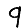
Digit: 9